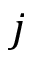
j